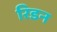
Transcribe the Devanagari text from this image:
रिडन